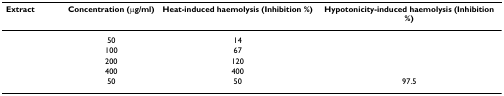
<table><thead><tr><td><b>Extract</b></td><td><b>Concentration (μg/ml)</b></td><td><b>Heat-induced haemolysis (Inhibition %)</b></td><td><b>Hypotonicity-induced haemolysis (Inhibition %)</b></td></tr></thead><tbody><tr><td>[EMPTY_CELL]</td><td>50</td><td>14</td><td>[EMPTY_CELL]</td></tr><tr><td>[EMPTY_CELL]</td><td>100</td><td>67</td><td>[EMPTY_CELL]</td></tr><tr><td>[EMPTY_CELL]</td><td>200</td><td>120</td><td>[EMPTY_CELL]</td></tr><tr><td>[EMPTY_CELL]</td><td>400</td><td>400</td><td>[EMPTY_CELL]</td></tr><tr><td>[EMPTY_CELL]</td><td>50</td><td>50</td><td>97.5</td></tr></tbody></table>